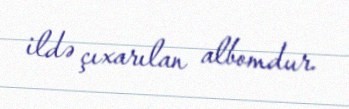
ildə çıxarılan albomdur.